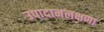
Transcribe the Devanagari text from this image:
उपादानलक्षणा